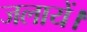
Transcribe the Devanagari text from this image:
जलायें।